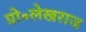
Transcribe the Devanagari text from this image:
प्रो॰लेखराज